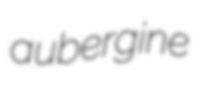
aubergine